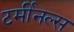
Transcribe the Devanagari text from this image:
टर्मीनल्स